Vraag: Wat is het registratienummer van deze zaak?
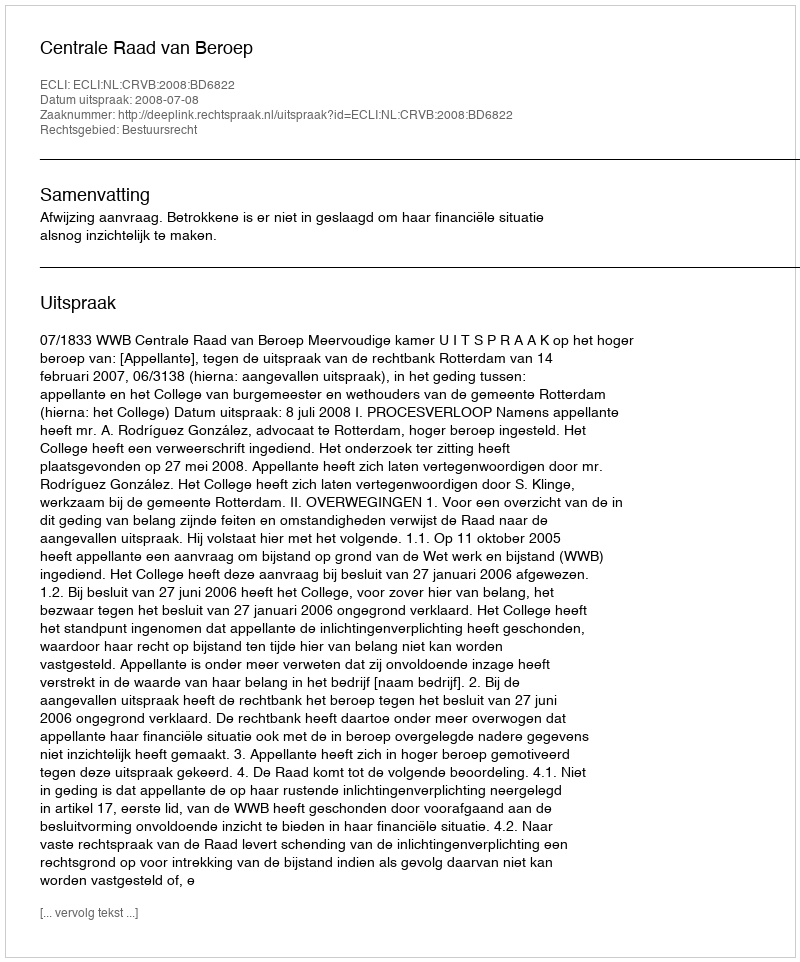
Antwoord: http://deeplink.rechtspraak.nl/uitspraak?id=ECLI:NL:CRVB:2008:BD6822